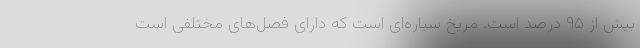
بیش از ۹۵ درصد است. مریخ سیاره‌ای است که دارای فصل‌های مختلفی است